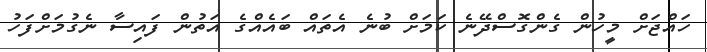
ހައްޖަށް މީހުން ގެންގޮސްދޭނެ ކަމަށް ބުނެ އެތައް ބައެއްގެ އަތުން ފައިސާ ނެގުމަށްފަހު